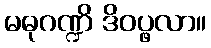
မဓုဂဏ္ဍိ ဒိဝပ္ဖလာ။